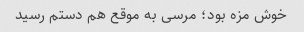
خوش مزه بود؛ مرسی‌ به موقع هم دستم رسید